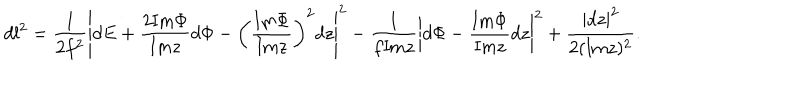
d l ^ { 2 } = \frac { 1 } { 2 f ^ { 2 } } \left| d E + \frac { 2 \mathrm { I m } \Phi } { \mathrm { I m } z } d \Phi - \left( \frac { \mathrm { I m } \Phi } { \mathrm { I m } z } \right) ^ { 2 } d z \right| ^ { 2 } - \frac { 1 } { f \mathrm { I m } z } \left| d \Phi - \frac { \mathrm { I m } \Phi } { \mathrm { I m } z } d z \right| ^ { 2 } + \frac { | d z | ^ { 2 } } { 2 ( \mathrm { I m } z ) ^ { 2 } } .